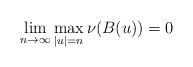
LaTeX: \begin{align*} \lim_{n \to \infty} \max_{|u|=n} \nu(B(u)) = 0 \end{align*}